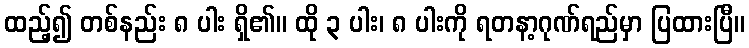
ထည့်၍ တစ်နည်း ၈ ပါး ရှိ၏။ ထို ၃ ပါး၊ ၈ ပါးကို ရတနာ့ဂုဏ်ရည်မှာ ပြထားပြီ။